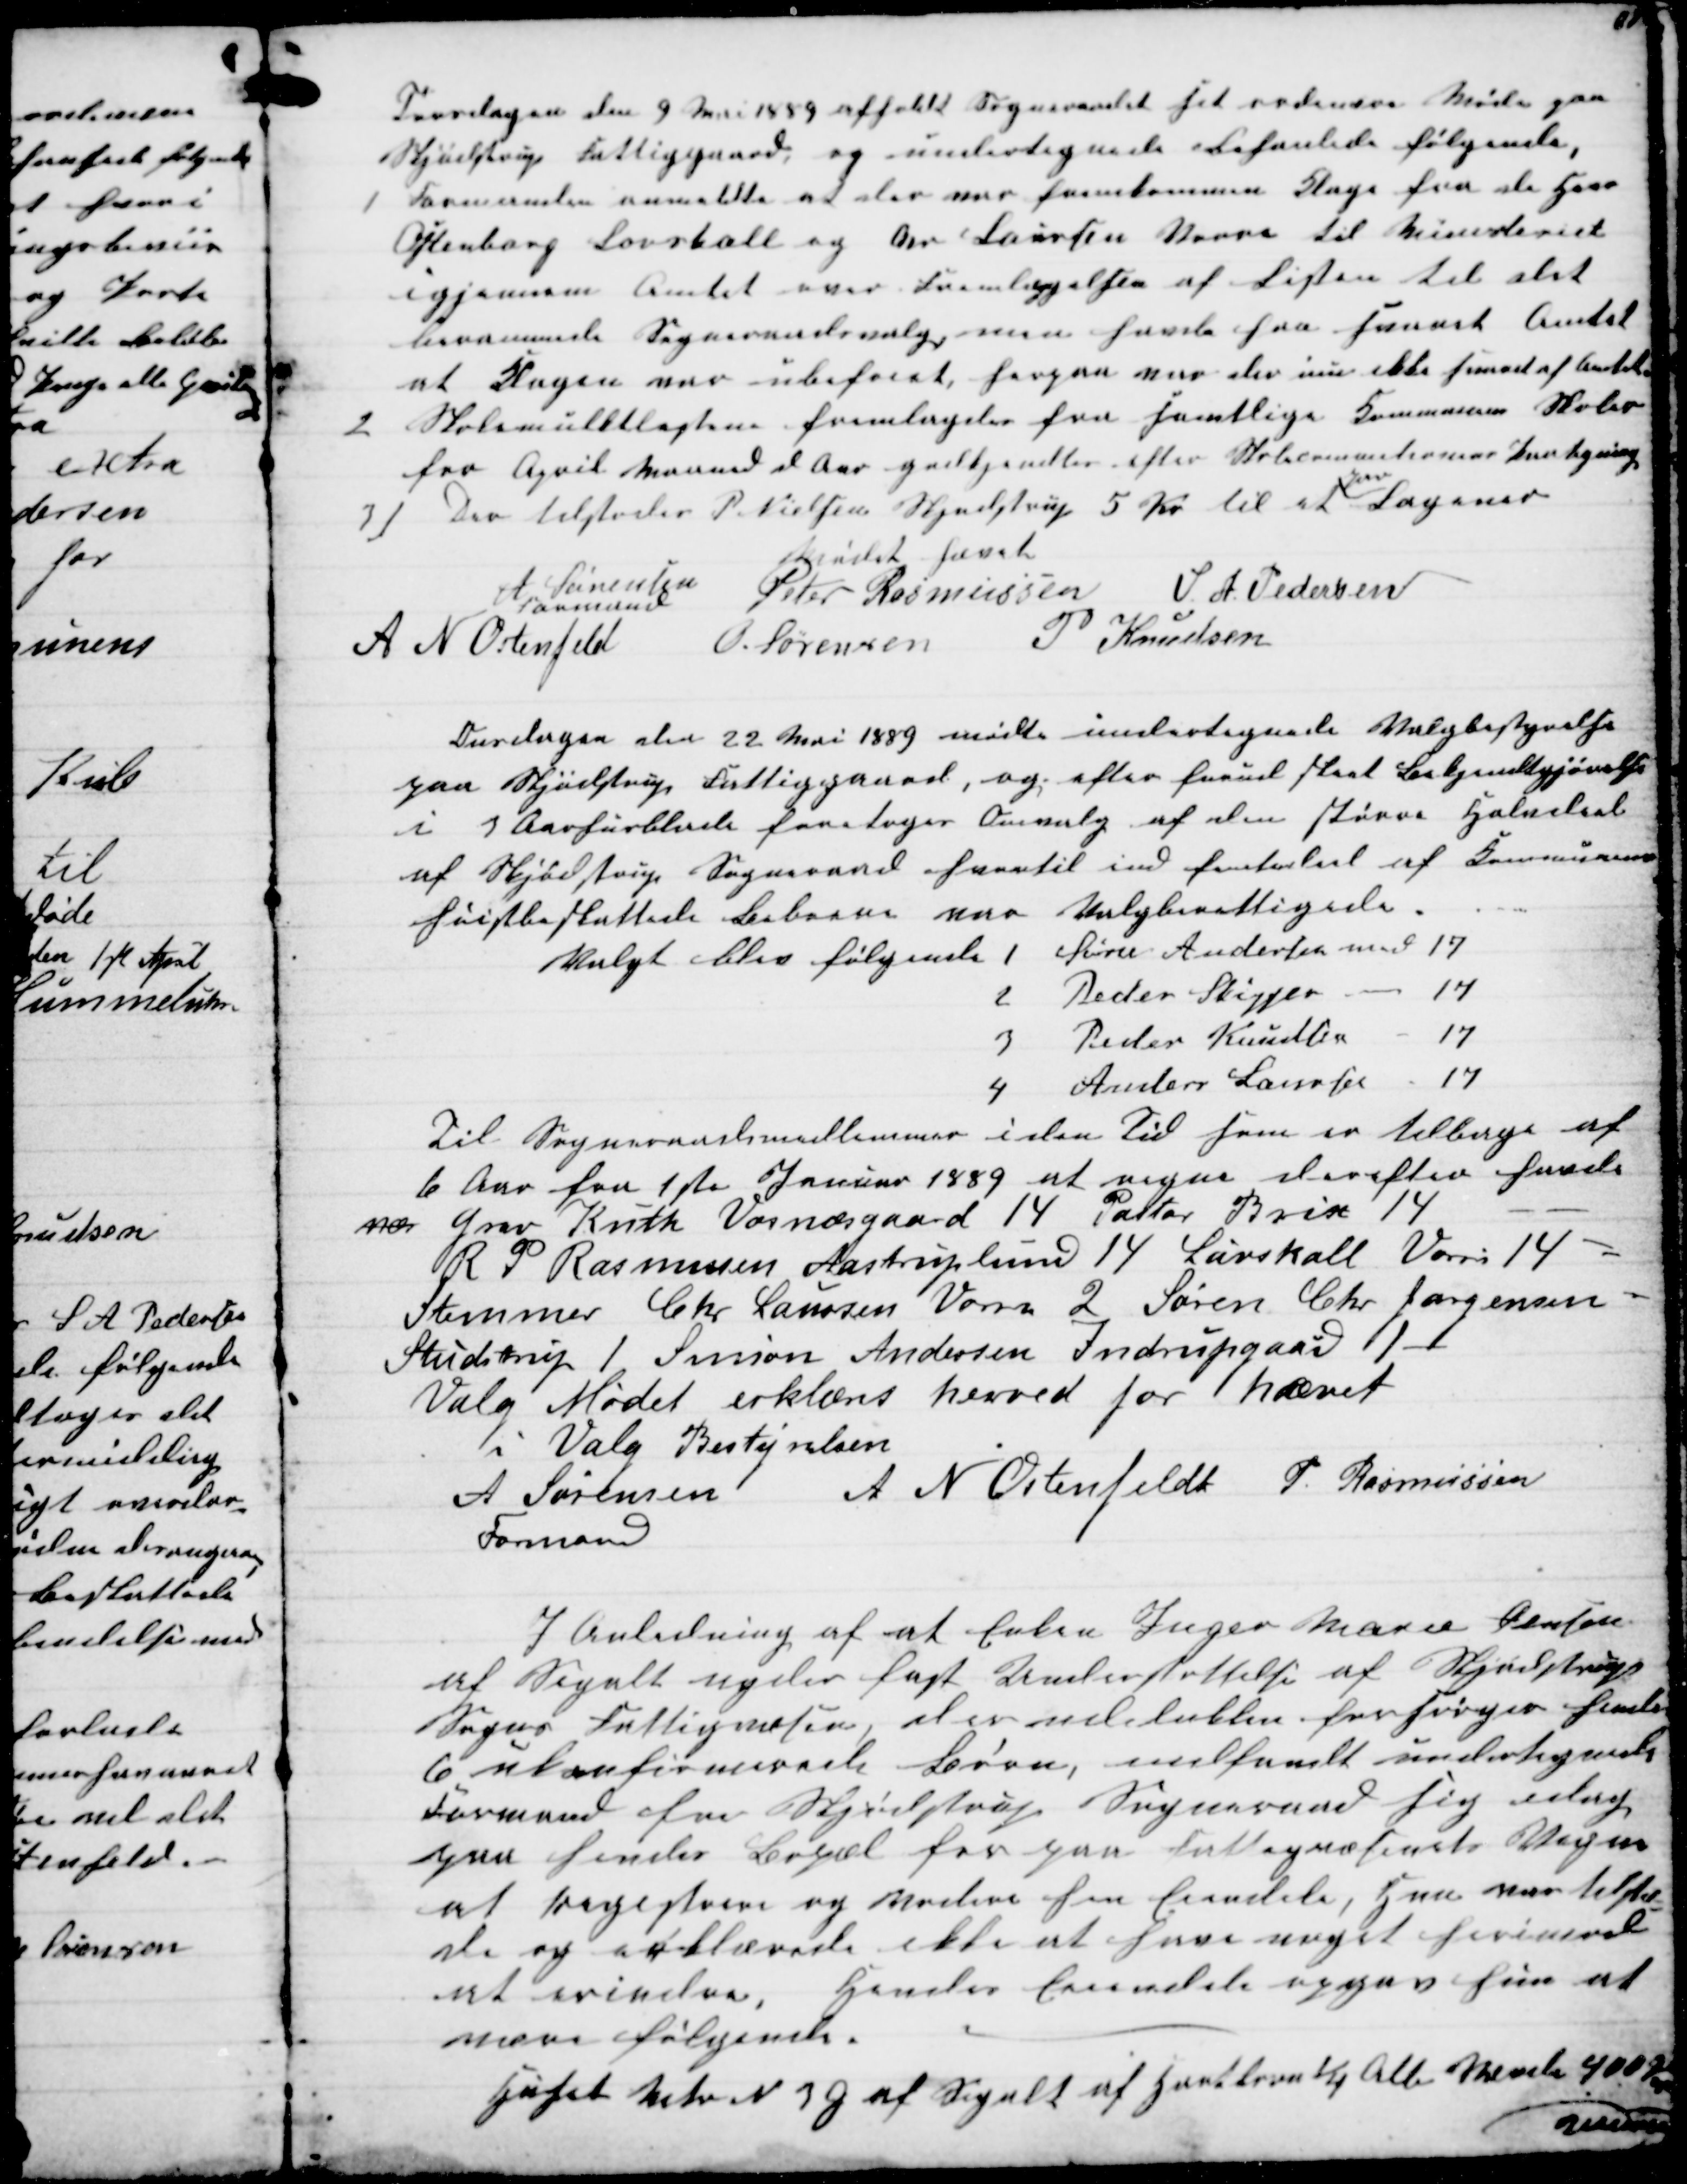
Transskription:
Torsdagen den 9 Mai 1889 afholdt Sogneraadet sit ordinære Møde paa
Skjødstrup Fattiggaard, og undertegnede behanlede følgende,
1
Formanden anmeldte at der var fremkommen Klage fra de Herr
Ostenborg Løvskall og An Laursen Vorre til Ministeriet
igjennem Amtet over Fremlæggelsen af Listen til det
berammede Sogneraadsvalg, men havde her svaret Amtet
at Klagen var ubefoiet, herpaa var der inu ikke svaret af Amtet
2
Skolemulktlisten fremlagdes fra samtlige Kommunens Skoler
for April Maaned d Aar godkjendtes efter Skolecommitionens Paategning
3)
Der tilstodes P. Nielsen Skjødstrup 5 Kr til et 
par
Lagener
Mødet hævet
A Sørensen
Formand
Peter Rasmussen S. A. Pedersen
A N Ostensfeld
O. Sørensen
P. Knudsen
Onsdagen den 22 Mai 1889 mødte undertegnede Valgbestyrelse
paa Skjødstrup Fattiggaard, og efter forud sket Bekjendtgjørelse
i 3 Aarhusblade foretoges Omvalg af den større Halvdeel
af Skjødstrup Sogneraad hvortil ind femtedeel af Kommunens
Høistbeskattede Beboere var Valgberettigede.
Valgt blev følgende 1 Søren Andersen med 17
2
Peder Skipper.
17
3
Peder Knudsen
17
4
Anders Laursen
17
Til Sogneraadsmedlemmer i den Tid som er tilbage af
6 Aar fra 1ste Januar 1889 at regne derefter havde
næ Grev Knuth Vosnæsgaard 14 Pastor Brix 14
R P Rasmussen Aastruplund 14 Løvskall Vorre 14
Stemmer Chr Laursen Vorre 2 Søren Chr Jørgensen
Studstrup 1 Simon Andersen Indrupgaard 1
Valg Mødet erklæres herved for hævet
i Valg Bestyrelsen
A Sørensen 
Formand
 A N Ostenfeldt P. Rasmussen
I Anledning af at Enken Inger Marie Jensen
af Segalt nyder fast Understøttelse af Skjødstrup
Sogns Fattigvæsen, der udelukken forsørger hendes
6 ukonfirmerede Børn, indfandt undertegnede
Formand for Skjødstrup Sogneraad sig idag
paa hendes Bopæl for paa Sogneraadets Vegne
at registrere og vodere hen Eiendele, Hun var tilste-
de og erklærede ikke at have noget herimod
at erindre, hendes Eiendele opgav hun at
være følgende.
Huset Matr N. 3 G af Segalt af Hartkorn ¼ Alb Værdi 400 Kr